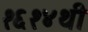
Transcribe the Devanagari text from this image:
१६१४थी